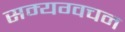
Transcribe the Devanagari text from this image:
सम्यग्वचन